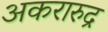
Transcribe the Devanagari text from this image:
अकरारुद्र